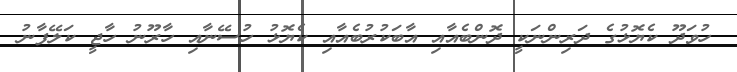
ހުވަދޫ ކެޔޮޅުގެ ދަރިންނަކީ ދޮންބެއާއި އާބަކުރުބެއާއި ކެޔޮޅު ހުސޭނާއި ހާރޫނު ހާޖީ ކަލޭފާނު